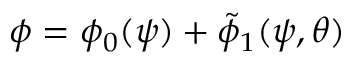
\phi = \phi _ { 0 } ( \psi ) + \tilde { \phi } _ { 1 } ( \psi , \theta )